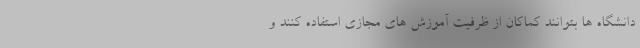
دانشگاه ها بتوانند کماکان از ظرفیت آموزش های مجازی استفاده کنند و